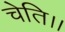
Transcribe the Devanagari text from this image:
चेति।।